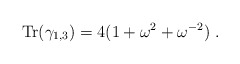
\begin{align*}{\mbox{Tr}}(\gamma_{1,3})=4(1+\omega^2+\omega^{-2})~.\end{align*}